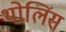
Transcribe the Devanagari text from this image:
थोलिंस